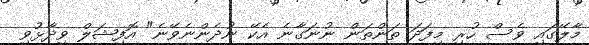
މާލޭގައި ވެސް ހުރި މިފަދަ ތަންތަން ނުނަގާނެ އެކޭ ނުދެންނެވޭނެ" އޮފިޝަލް ވިދާޅުވި